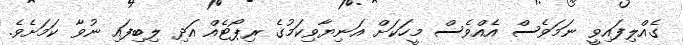
ގެއްލިފައިވީ ނަމަވެސް އެއްވެސް މީހަކަށް އަނިޔާވިކަމުގެ ރިޕޯޓެއް އަދި ލިބިފައި ނުވާ ކަމަށެވެ.